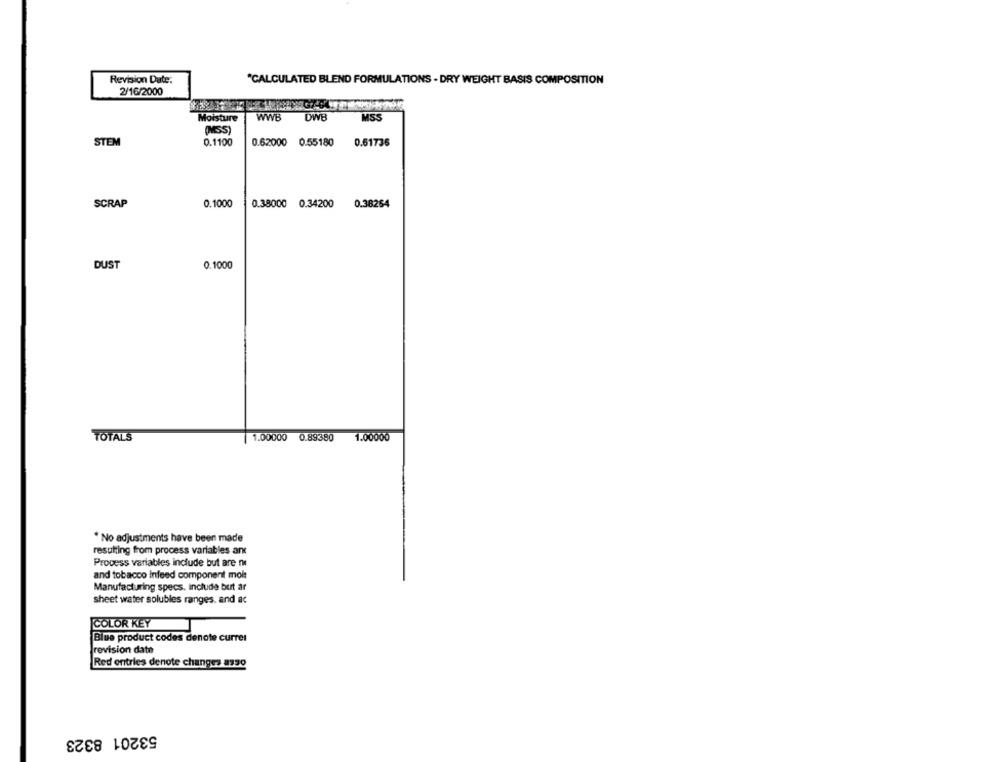
Revision Date:
"CALCULATED BLEND FORMULATIONS - DRY WEIGHT BASIS COMPOSITION
2/16/2000
Moisture
WWB
DWB
MS5
(MSS)
STEM
0.1100
0.62000 0.55180
0.61736
SCRAP
0.1000
0.38000 0.34200
0.38264
DUST
0.1000
TOTALS
1.00000 0.89380
1.00000
* No adjustments have been made
resulting from process variables and
Process variables include but are ni
and tobacco Infeed component mois
Manufacturing specs. include but ar
sheet water solubles ranges. and ac
COLOR KEY
Blue product codes denote curren
revision date
Red entries denote changes ass0
53201 8323